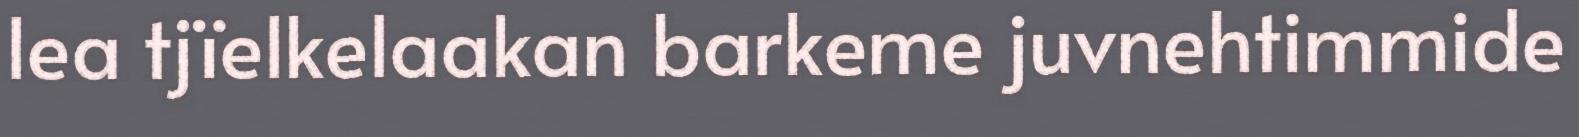
lea tjïelkelaakan barkeme juvnehtimmide